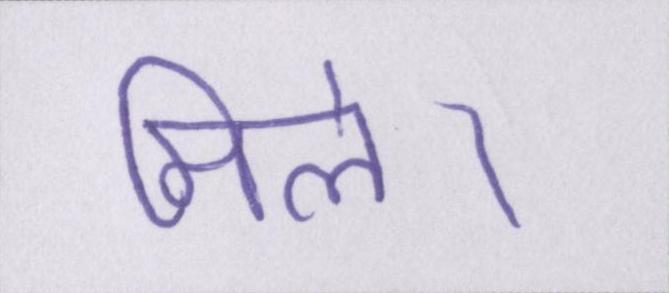
मिले।